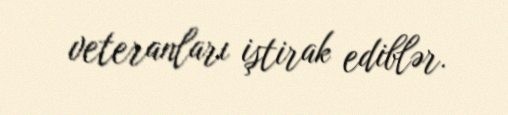
veteranları iştirak ediblər.